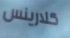
كلارينس